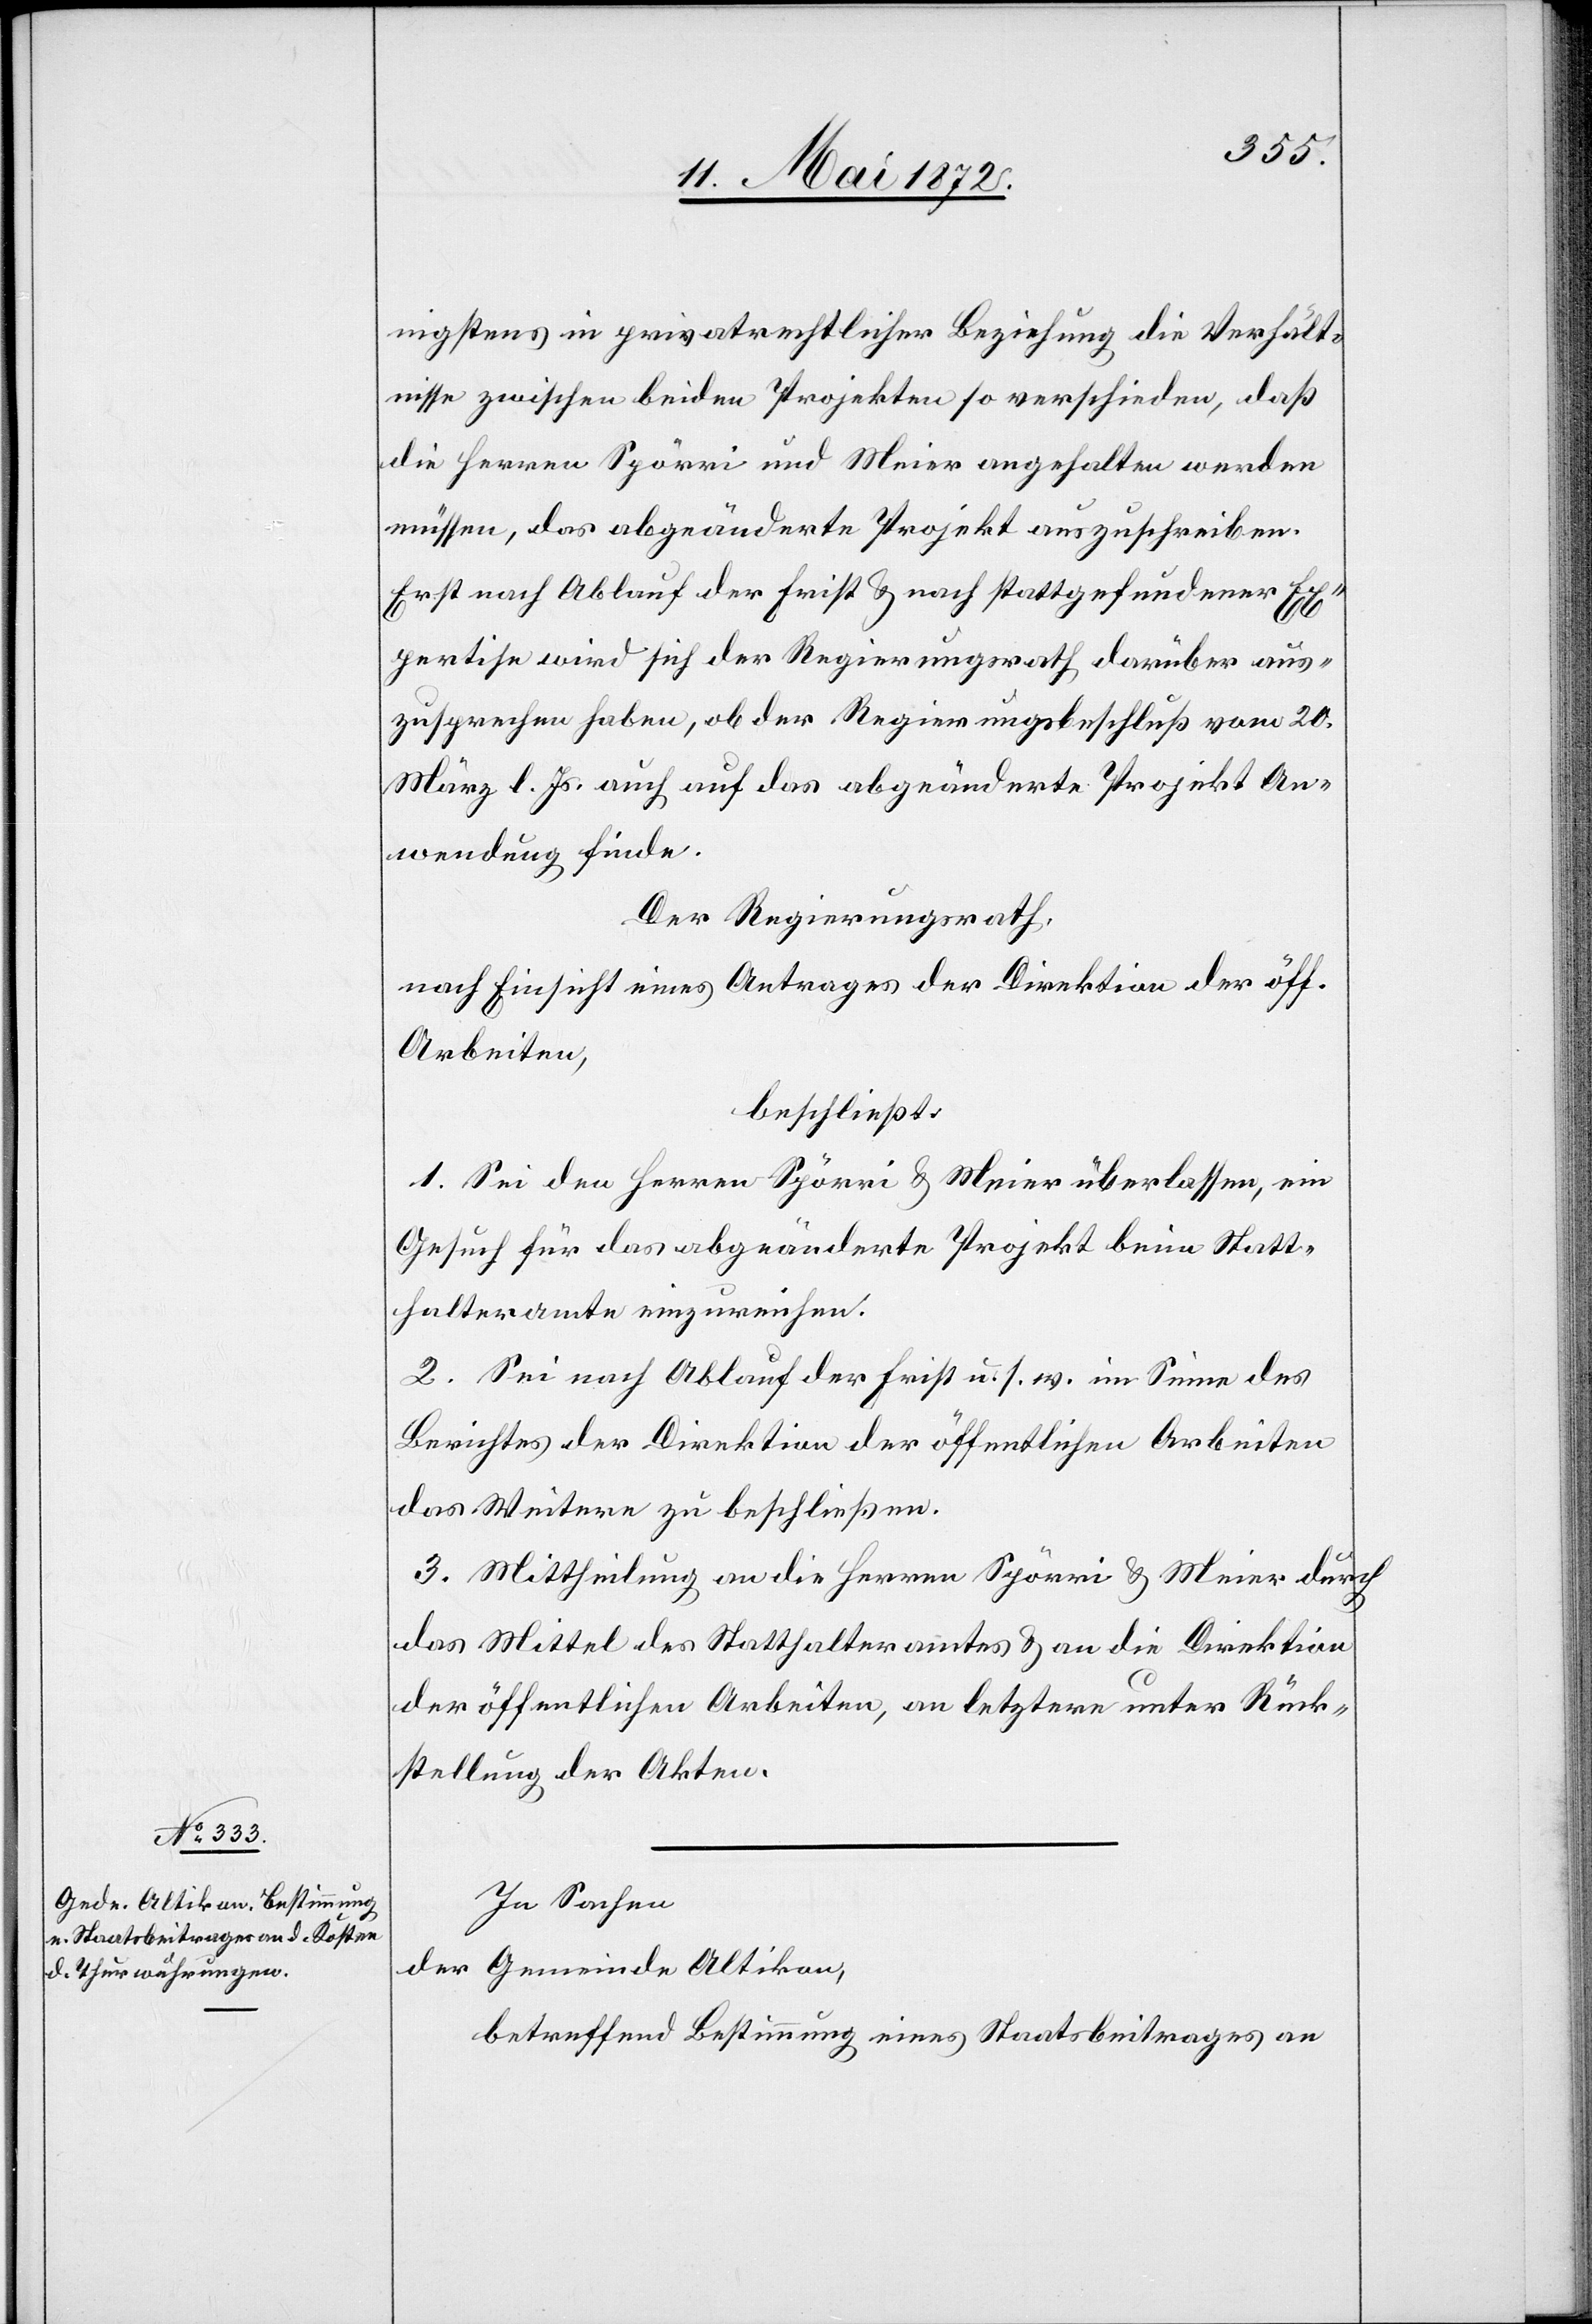
nigstens in privatrechtlicher Beziehung die Verhält¬
nisse zwischen beiden Projekten so verschieden, daß
die Herren Spörri und Meier angehalten werden
müssen, das abgeänderte Projekt auszuschreiben.
Erst nach Ablauf der Frist u. nach stattgefundener Ex¬
pertise wird sich der Regierungsrath darüber aus¬
zusprechen haben, ob der Regierungsbeschluß vom 20.
März l. Js. auch auf das abgeänderte Projekt An¬
wendung finde.
Der Regierungsrath,
nach Einsicht eines Antrages der Direktion der öff.
Arbeiten,
beschließt:
1. Sei den Herren Spörri u. Meier überlassen, ein
Gesuch für das abgeänderte Projekt beim Statt¬
halteramte einzureichen.
2. Sei nach Ablauf der Frist u. s. w. im Sinne des
Berichtes der Direktion der öffentlichen Arbeiten
das Weitere zu beschließen.
3. Mittheilung an die Herren Spörri u. Meier durch
das Mittel des Statthalteramtes u. an die Direktion
der öffentlichen Arbeiten, an letztere unter Rück¬
stellung der Akten.
In Sachen
der Gemeinde Altikon,
betreffend Bestimmung eines Staatsbeitrages an